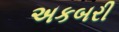
અકબરી